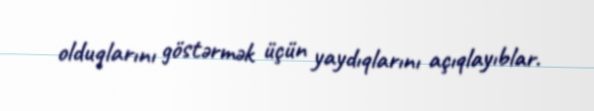
olduqlarını göstərmək üçün yaydıqlarını açıqlayıblar.